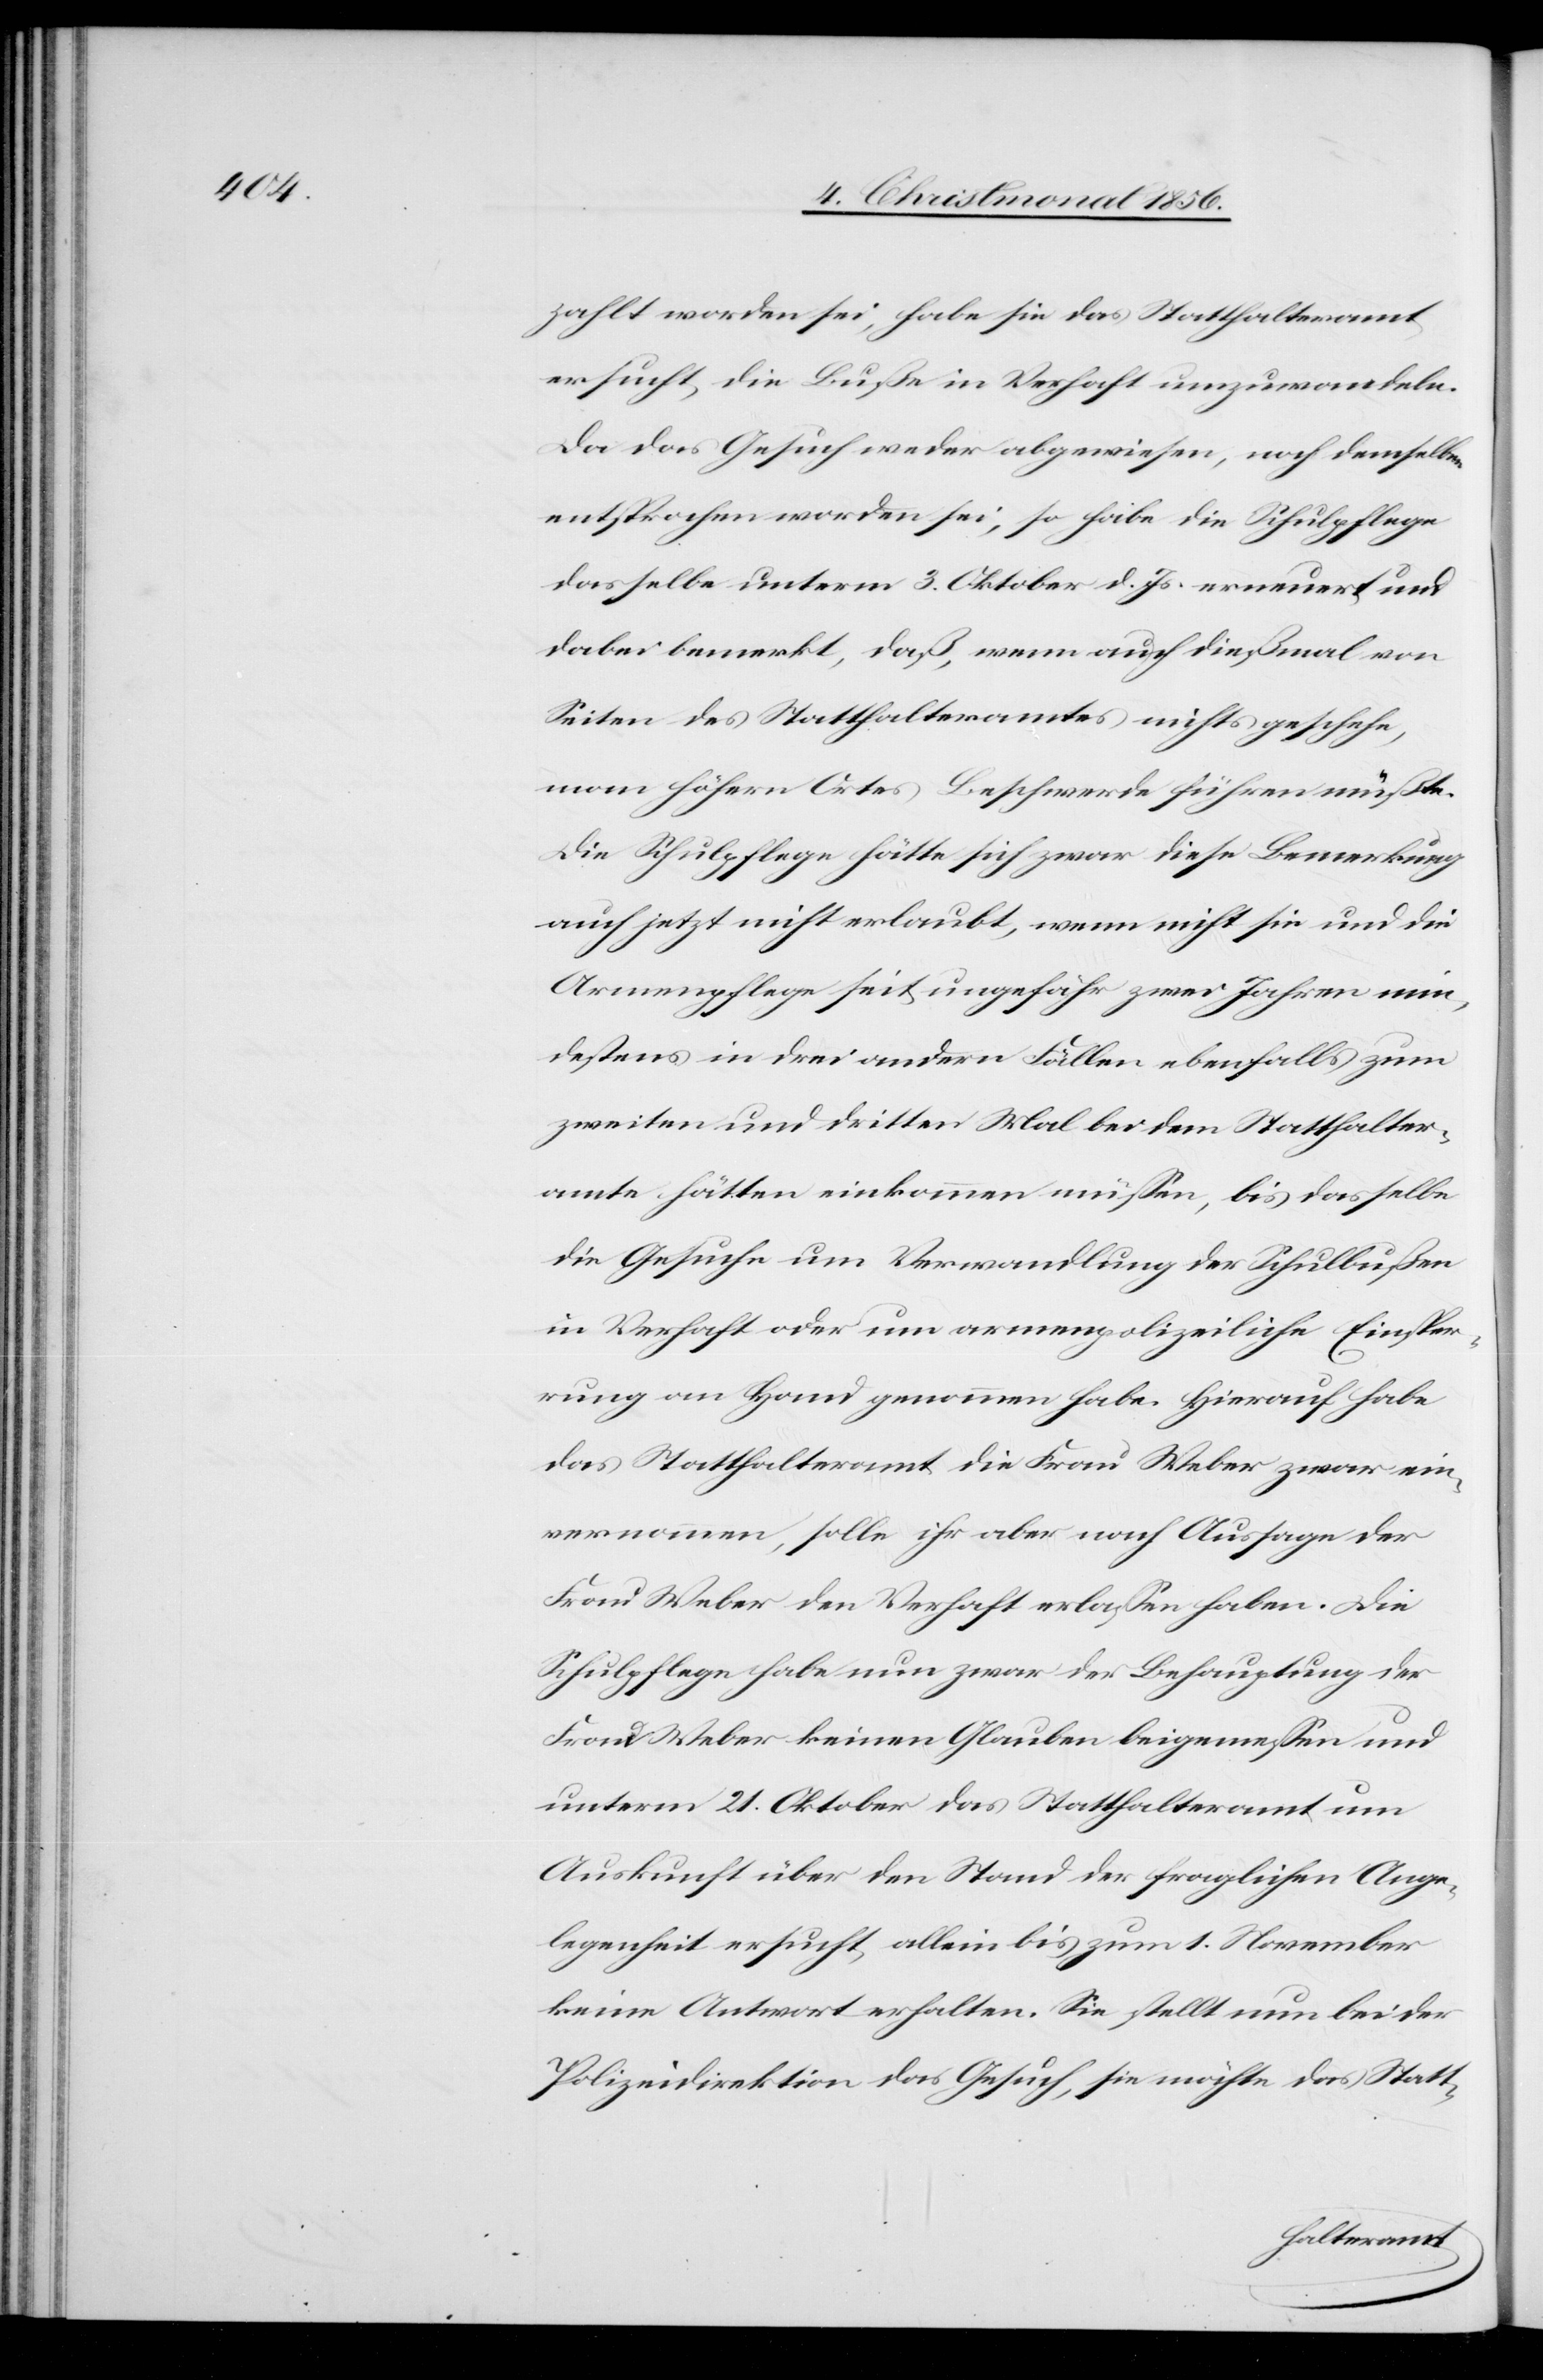
zahlt worden sei, habe sie das Statthalteramt
ersucht, die Buße in Verhaft umzuwandeln.
Da das Gesuch weder abgewiesen, noch demselben
entsprochen worden sei, so habe die Schulpflege
dasselbe unterm 3. Oktober d. Js. erneuert und
dabei bemerkt, daß, wenn auch dießmal von
Seiten des Statthalteramtes nichts geschehe,
man höhern Ortes Beschwerde führen müßte.
Die Schulpflege hätte sich zwar diese Bemerkung
auch jetzt nicht erlaubt, wenn nicht sie und die
Armenpflege seit ungefähr zwei Jahren min¬
destens in drei andern Fällen ebenfalls zum
zweiten und dritten Mal bei dem Statthalter¬
amte hätten einkommen müssen, bis dasselbe
die Gesuche um Verwandlung der Schulbußen
in Verhaft oder um armenpflichtige Einsper¬
rung an Hand genommen habe. Hierauf habe
das Statthalteramt die Frau Weber zwar ein¬
vernommen, solle ihr aber nach Aussage der
Frau Weber den Verhaft erlassen haben. Die
Schulpflege habe nun zwar der Behauptung der
Frau Weber keinen Glauben beigemessen und
unterm 21. Oktober das Statthalteramt um
Auskunft über den Stand der fraglichen Ange¬
legenheit ersucht, allein bis zum 1. November
keine Antwort erhalten. Sie stellt nun bei der
Polizeidirektion das Gesuch, sie möchte das Statt-